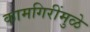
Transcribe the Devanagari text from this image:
कामगिरींमुळे